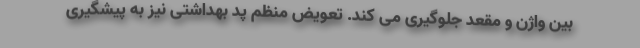
بین واژن و مقعد جلوگیری می کند. تعویض منظم پد بهداشتی نیز به پیشگیری